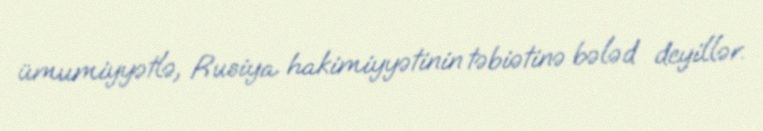
ümumiyyətlə, Rusiya hakimiyyətinin təbiətinə bələd deyillər.